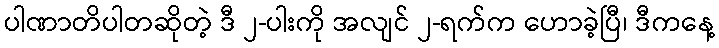
ပါဏာတိပါတဆိုတဲ့ ဒီ ၂-ပါးကို အလျင် ၂-ရက်က ဟောခဲ့ပြီ၊ ဒီကနေ့